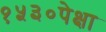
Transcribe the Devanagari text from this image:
१५३०पेक्षा